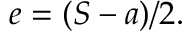
\, \! e = ( S - a ) / 2 .